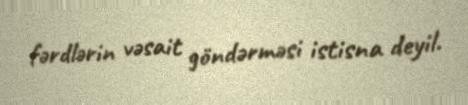
fərdlərin vəsait göndərməsi istisna deyil.